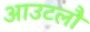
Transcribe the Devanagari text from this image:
आउटलौ